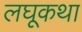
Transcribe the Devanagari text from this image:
लघूकथा